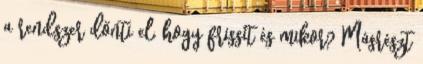
a rendszer dönti el, hogy frissít és mikor? Másrészt